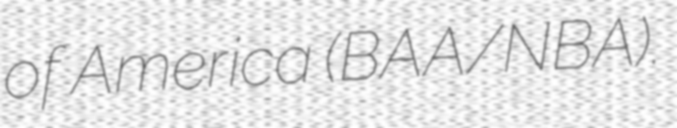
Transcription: of America (BAA/NBA).